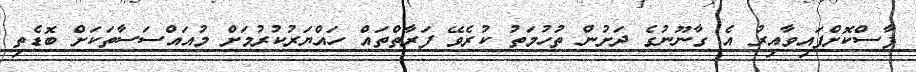
ފާސްކޮށްފައިވާއިރު އެ ގާނޫނުގެ ދަށުން ތުހުމަތު ކުރެވޭ ފަރާތްތައް ހައްޔަރުކުރުމަށް މުއައްސަސާތަކަށް ބޮޑެތި